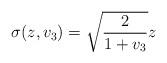
LaTeX: \begin{align*} \sigma(z,v_3)=\sqrt{\frac{2}{1+v_3}}z\end{align*}